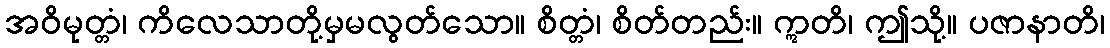
အဝိမုတ္တံ၊ ကိလေသာတို့မှမလွတ်သော။ စိတ္တံ၊ စိတ်တည်း။ ဣတိ၊ ဤသို့။ ပဇာနာတိ၊